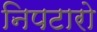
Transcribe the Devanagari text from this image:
निपटारो